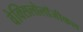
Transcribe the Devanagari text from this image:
वेक्सिलोलॉजीकल